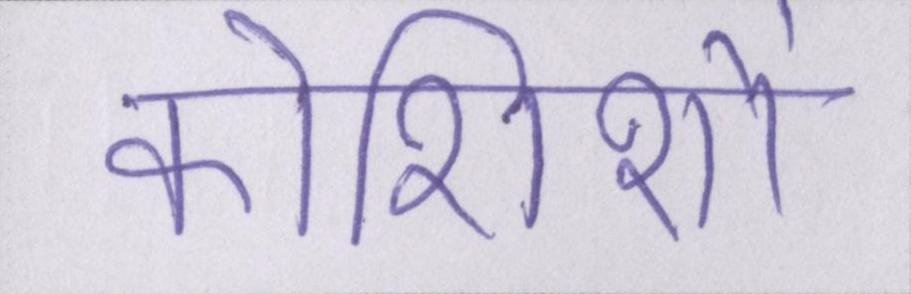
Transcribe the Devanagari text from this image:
कोशिशों